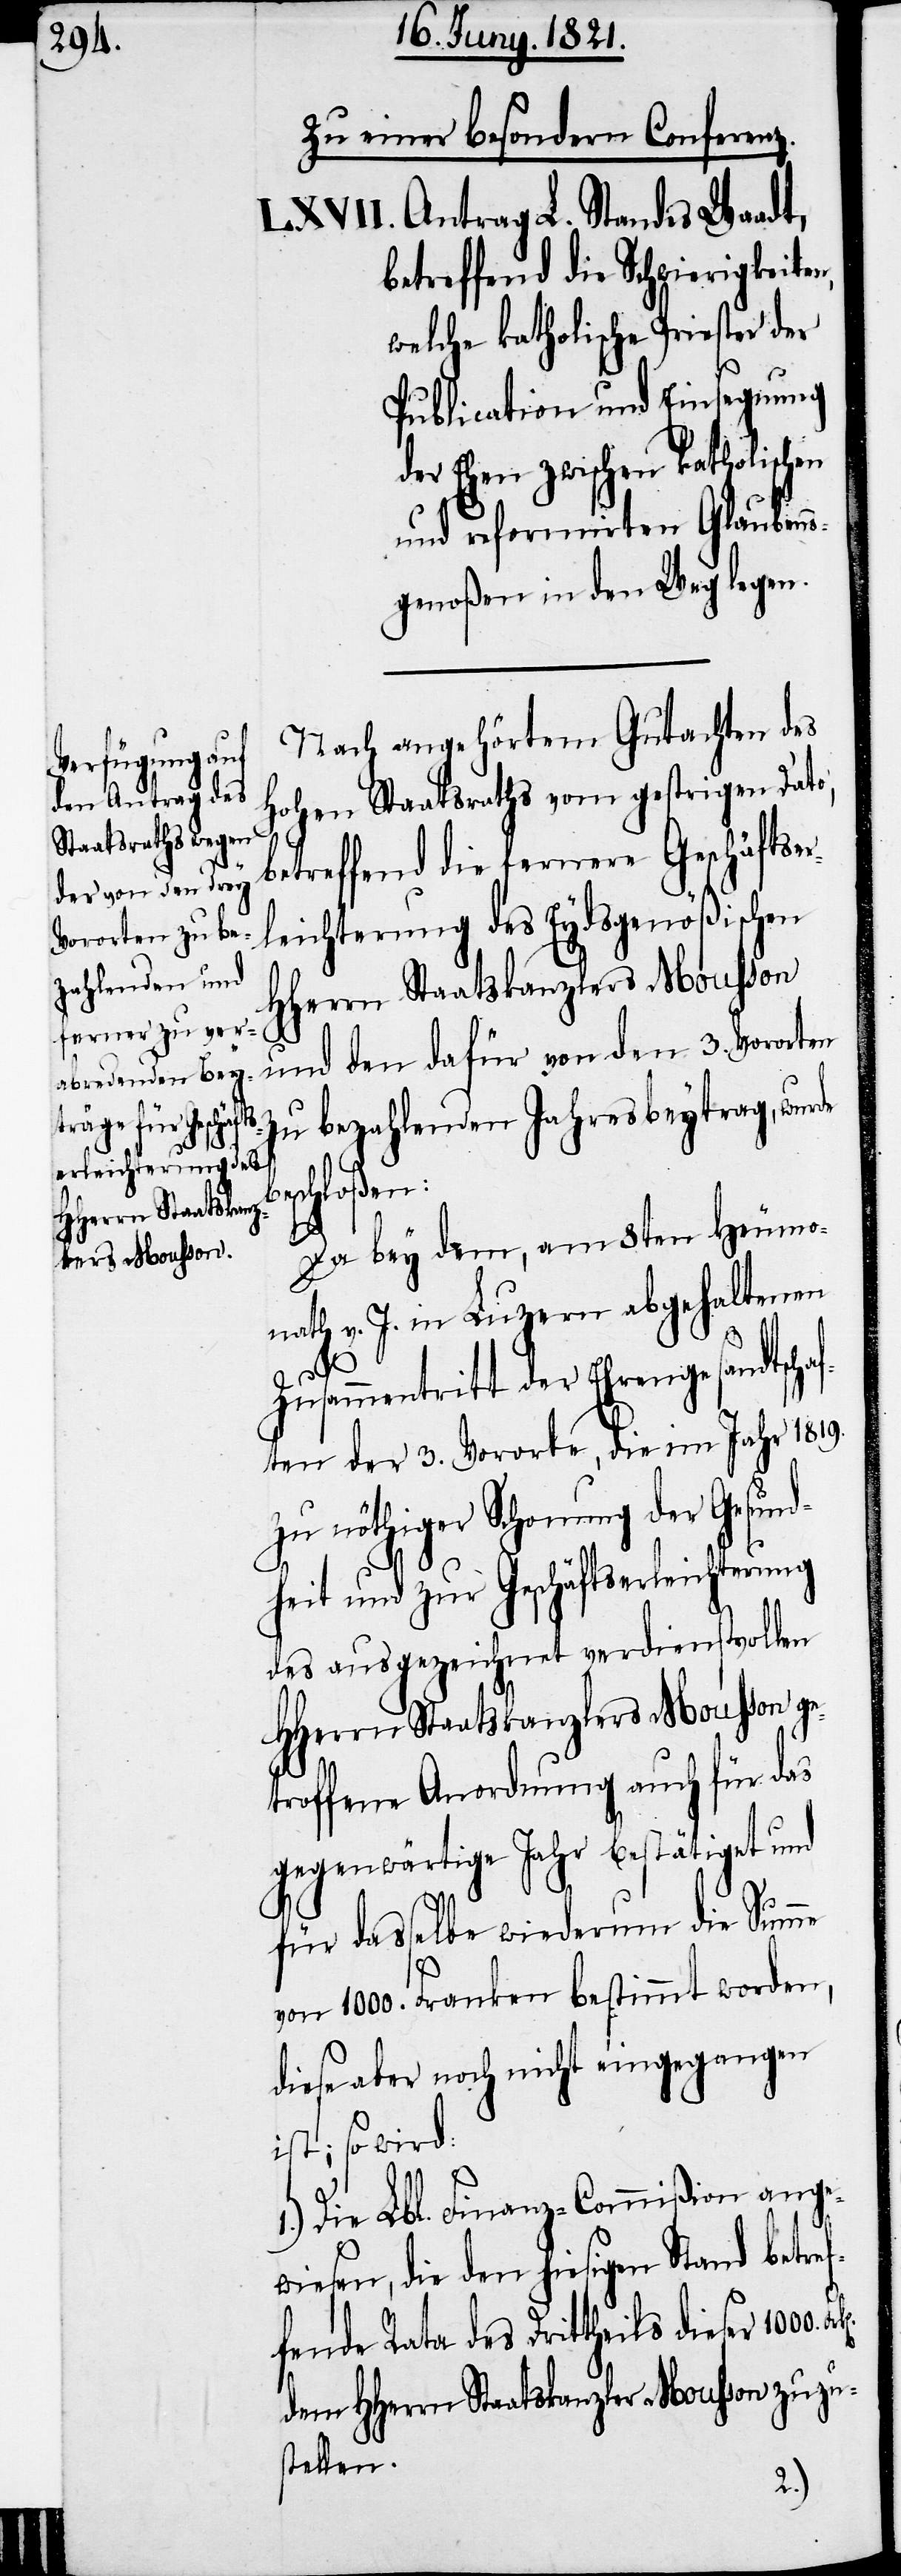
beschloßen:

Zu einer besondern Conferenz.
Antrag L. Standes Waadt,
betreffend die Schwierigkeit¬
welche katholische Priester der
Publication und Einsegnung
er Ehen zwischen katholisc¬
und reformirten Glaubens¬
genoßen in den Weg legen.
Nach angehörtem Gutachten des
hohen Staatsraths vom gestrigen Dato,
betreffend die fernere Geschäftser¬
leichterung des Eydsgenößischen
HHerrn Staatskanzlers Mousson
und den dafür von den 3. Vororten
bezahlenden Jahresbeytrag, wurde
hen
Da bey dem, am 8ten Heumo¬
nath v. J. in Luzern abgehaltenen
Zusammentritt der Ehrengesandtscha¬
ften der 3. Vororte, die im Jahr 1819.
zu nöthiger Schonung der Gesund¬
heit und zur Geschäftserleichterung
des ausgezeichnet verdienstvollen
HHerrn Staatskanzlers Mousson ge¬
troffene Anordnung auch für das
gegenwärtige Jahr bestätiget und
für dasselbe wiederum die Summe
1000. Franken bestimmt worden,
diese aber noch nicht eingegangen
ist; so wird:
1.) Die Lbl. Finanz-Commißion ange¬
wiesen, die den hiesigen Stand betre¬
fende Rata des Drittheils dieser 1000.
dem HHerrn Staatskanzler Mousson zuzu¬
stellen.
f¬